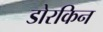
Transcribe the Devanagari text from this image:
डोरकिन